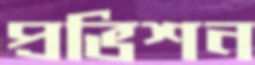
প্রভিশন